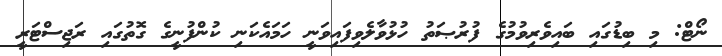
ނޯޓް: މި ބިޑުގައި ބައިވެރިވުމުގެ ފުރުޞަތު ހުޅުވާލެވިފައިވަނީ ހަމައެކަނި ކުންފުނީގެ ގޮތުގައި ރަޖިސްޓަރީ